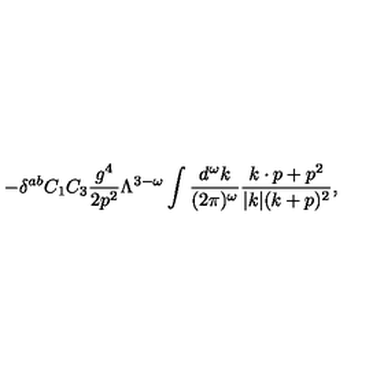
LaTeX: - \delta ^ { a b } C _ { 1 } C _ { 3 } { \frac { g ^ { 4 } } { 2 p ^ { 2 } } } \Lambda ^ { 3 - \omega } \int { \frac { d ^ { \omega } k } { ( 2 \pi ) ^ { \omega } } } { \frac { k \cdot p + p ^ { 2 } } { | k | ( k + p ) ^ { 2 } } } ,